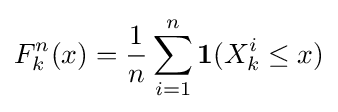
F_{k}^{n}(x)={\frac {1}{n}}\sum _{i=1}^{n}\mathbf {1} (X_{k}^{i}\leq x)